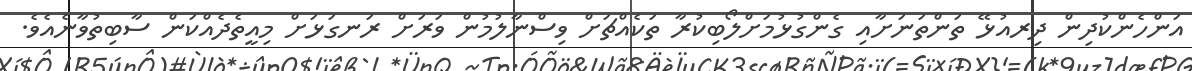
އަންހެންކުދިން ދިރއުޅޭ ތަންތަނަށާއި ގެންގުޅުމަށްލޯބިކުރާ ތަކެއްޗަށް ވިސްނާލުމުން ވަރަށް ރަނގަޅަށް މިއީތެދެއްކަން ސާބިތުވާނެއެވެ.